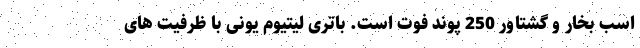
اسب بخار و گشتاور 250 پوند فوت است. باتری لیتیوم یونی با ظرفیت های